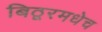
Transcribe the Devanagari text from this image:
बिठूरमधेच